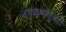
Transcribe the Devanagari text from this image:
उपक्रमांतूनही